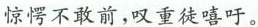
惊愕不敢前，叹重徒嘻吁。